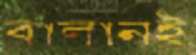
বালানই